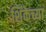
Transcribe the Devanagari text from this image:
शिंकेच्या